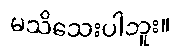
မသိသေးပါဘူး။